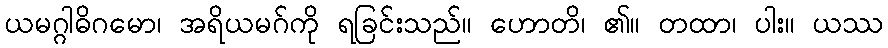
ယမဂ္ဂါဓိဂမော၊ အရိယမဂ်ကို ရခြင်းသည်။ ဟောတိ၊ ၏။ တထာ၊ ပါး။ ယဿ